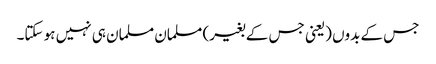
جس کے بدوں (یعنی جس کے بغیر) مسلمان مسلمان ہی نہیں ہو سکتا۔